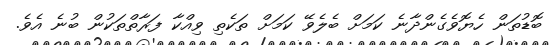
ބޮޑުތަން ހެޔޮވެގެންދާނެ ކަމަށް ބެލެވޭ ކަމަށް ތަކެތި ވިއްކާ ފަރާތްތަކުން ބުނެ އެވެ.